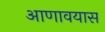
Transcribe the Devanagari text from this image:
आणावयास